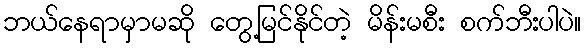
ဘယ်နေရာမှာမဆို တွေ့မြင်နိုင်တဲ့ မိန်းမစီး စက်ဘီးပါပဲ။